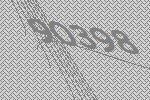
90398